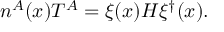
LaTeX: n ^ { A } ( x ) T ^ { A } = \xi ( x ) { \cal H } \xi ^ { \dagger } ( x ) .